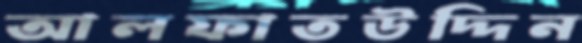
আলফাতউদ্দিন